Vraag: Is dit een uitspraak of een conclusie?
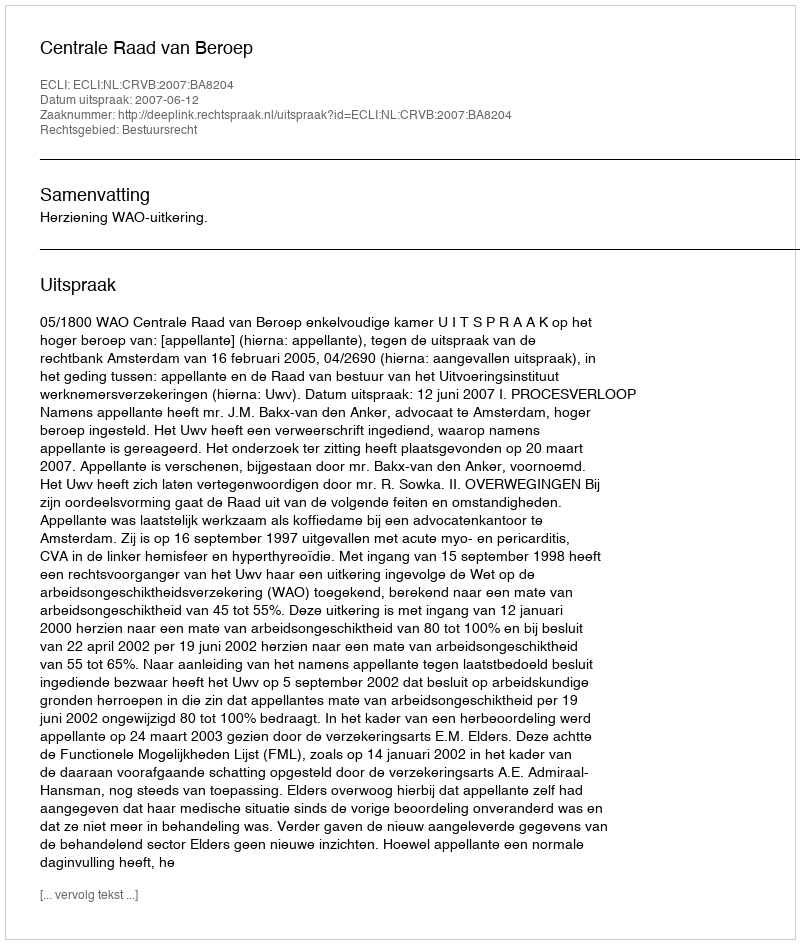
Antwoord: Uitspraak